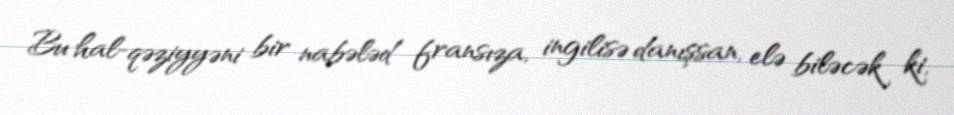
Bu hal-qəziyyəni bir nabələd fransıza, ingilisə danışsan, elə biləcək ki,